Lunatic asylums Punjab 1881-1894 - 1881-1894
Year: 1881
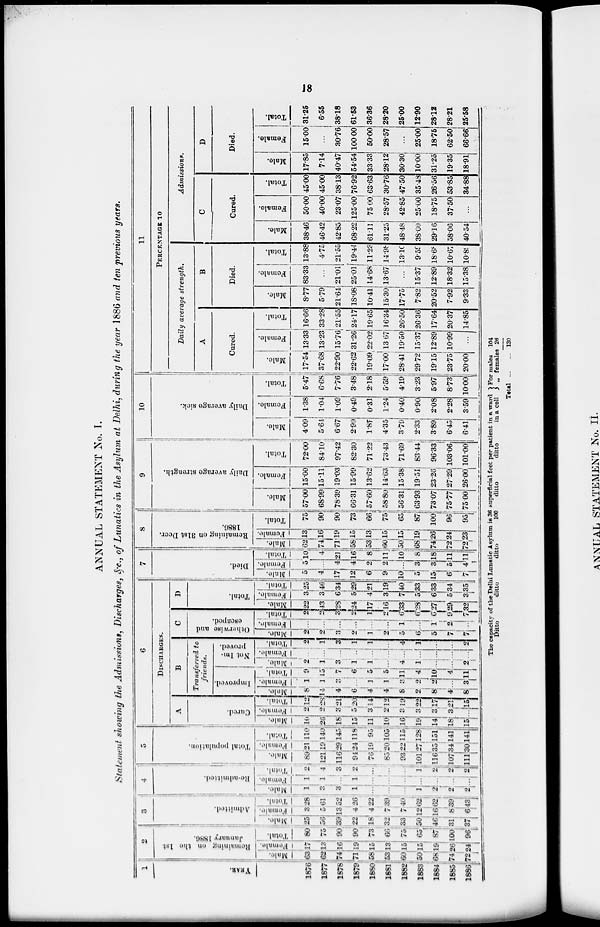
18
ANNUAL STATEMENT No. I.
Statement showing the Admissions,
Discharges, &c., of Lunatics in the Asylum at Delhi, during the year 1886 and ten previous
years.
1
YEAR.
1876
1877
1878
1879
1880
1881
1882
1883
1884
1885
1886
2
Remaining on the 1st
January 1880.
Male.
63
62
74
71
58
53
60
50
68
74
72
Female.
17
13
16
19
15
13
15
15
19
26
24
Tot al .
80
75
90
90
73
66
75
65
87
100
96
3
Admitted.
Male.
25
56
39
22
18
32
33
50
46
31
37
Fe ma l
e .
3
5
13
4
4
7
7
12
16
8
6
Total.
28
61
52
26
22.
39
40
62
62
39
43
4
Re-admitted.
Male.
1
3
3
l
...
...
...
1
2
2
2
Female.
1
1
...
1
...
...
...
...
...
...
...
Total.
2
4
3
2
...
...
...
1
2
2
2
5
Total population.
Mal e.
89
121
116
94
76
85
93
101
116
107
111
Femal e.
21
19
29
24
19
20
22
27
35
34
30
Total.
110
140
145
118
95
105
115
128
151
141
141
6
DISCHARGES.
A
Cured.
Male.
10
26
18
15
11
10
16
19
14
18
15
Female.
2
2
3
5
3 2
3
3
3
3
...
Total.
12
28
21
20
14
12
19
22
17
21
15
B
Transferred to
friends.
I
mpr ove d.
Mal e.
8
14
4
6
4
4
8
2
8
4
8
Fe ma l
e .
1
1
3
...
1
1
3
2
2
...
3
Tot al .
9
15
7
6
5
5
11
4
10
4
11
Not Im-
proved.
Male.
2
1
3
1
1
...
4
1
...
...
2
Female.
...
...
...
..
...
...
...
...
...
...
...
Total.
2
1
3
1
1
...
4
1
...
...
2
C
Otherwise and
escaped.
Male.
2
2
3
2
1
2
5
6
5
7
7
Female.
...
...
...
...
...
...
1
...
1
2
...
Total.
2
2
3
2
1
2
6
6
6 9
7
D
Total.
Male.
22
43
28
24
17
16
33
28
27
29
32
Female.
3
3
6
5
4
3
7
5
6
5
3
Total.
25
46
34
29
21
19
40
33
33
34
35
7
Died.
Male.
5
4
17
12
6
9
10
5
15
6
7
Female.
5
...
4
4
2
2
...
3
3
5
4
Total.
10
4
21
16
8
11
10
8
18
11
11
8
Remaining on 31st Decr.
1886.
Male.
62
74
71
58
53
60
50
68
74
72
72
Female.
13
16
19
15
13
l5
15
19
26
24
23
Total.
75
90
90
73
66
75
65
87
100
96
95
9
Daily average strength.
Male.
57.00
68.99
78.39
66.31
57.60
58.80
56.31
63.93
73.07
75.77
75.00
Female.
15.00
15.11
19.03
15.99
13.62
14.63
15.38
19.51
23.26
27.29
26.00
Total.
72.00
84.10
97.42
82.30
71.22
73.43
71.69
83.44
96.33
103.06
101.00
10
Daily average sick.
Male.
4.09
5.64
6.67
2.99
1.87
4.35
3.79
2.33
3.89
6.45
6.41
Female.
1.38
1.04
1.09
0.49
0.31
1.24
0.40
0.90
2.08
2.28
3.59
Total.
5.47
6.68
7.76
3.48
2.18
5.59
4.19
3.23
5.97
8.73
10.00
11
PERCENTAGE 10
Daily average strength.
A
Cured.
Male.
17.54
37.68
22.90
22.62
19.09
17.00
28.41
29.72
19.15
23.75
20.00
Female.
13.33
13.23
15.76
31.26
22.02
13 67
19.50
15.37
12.89
10.99
...
Total.
16.66
33.28
21.55
24.17
19.65
16.34
26.50
26.36
17.64
20.37
14.85
B
Died.
Male.
8.77
5.79
21.64
18.08
10.41
15.30
17.75
7.82
20.52
7.92
9.33
Female.
83.33
...
21.01
25.0l
14.68
13.67
...
15.37
12.89
18.32
15.38
Total.
13.88
4.75
21.55
19.44
11.23
14.98
13.10
9.59
18.68
10.67
10.89
Admissions.
C
Cured.
Male.
38.46
46.42
42.85
68.22
61.11
31.25
48.48
38.00
29.16
58.06
40.54
Female.
50.00
40.00
23.07
125.00
75.00
28.57
42.85
25.00
18.75
37.50
...
Total.
45.00
45.00
3813
76.92
63.63
30.76
47.50
35.48
26.56
53.85
34.88
D
Died.
Male.
17.85
7.14
40.47
54.54
33.33
28.12
30.30
10.00
31.25
19.35
18.91
Female.
15.00
...
30.76
100.00
50.00
28.57
...
25.00
18.75
62.50
66.66
Total.
31.25
6.55
38.18
61.53
36.36
28.20
25.00
12.90
28.12
28.21
25.58
The capacity of the Delhi Lunatic Asylum is
Ditto
ditto
ditto
36
100
superficial feet per patient in a ward
ditto
ditto in a cell
For males
„ females
Total
104
26
130